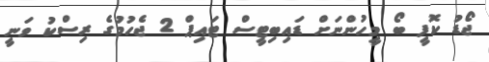
ޖޯޑު ކޮފީ ބޯ މީހުންނަށް ޑައިބިޓީސް ޓައިޕް 2 ޖެހުމުގެ ރިސްކު ވަނީ